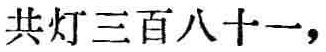
共灯三百八十一，